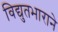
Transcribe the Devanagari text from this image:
विद्युतभाराने